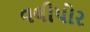
વલીપોર